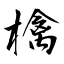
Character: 檎